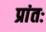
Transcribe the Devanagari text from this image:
प्रांतः